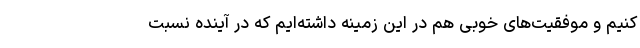
کنیم و موفقیت‌های خوبی هم در این زمینه داشته‌ایم که در آینده نسبت